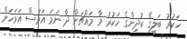
ހަކުރު ބަލީގެ ކުދިންގެ ހަކުރު މާ މައްޗަށް ދާ ނަމަ އަވަސް އަވަހަށް